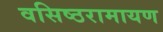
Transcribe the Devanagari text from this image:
वसिष्ठरामायण